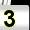
Digit: 3